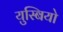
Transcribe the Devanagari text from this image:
युस्बियो